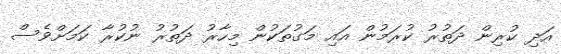
އަދި ކުރިން ދަތުރު ކުރަމުން އައި މަގުތަކުން މިހާރު ދަތުރު ނުކުރާ ކަމަށްވެސް